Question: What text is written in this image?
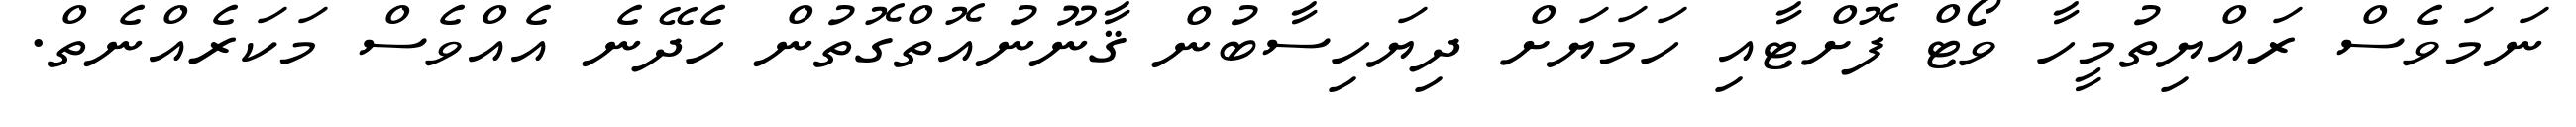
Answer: ނަމަވެސް ރައްޔިތުމީހާ ވޯޓް ފޮށްޓާއި ހަމަޔަށް ދިޔަހިސާބުން ޤާނޫނުއޮތްގޮތުން ހެދޭނެ އެއްވެސް މަކަރެއްނެތް.